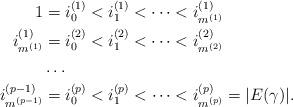
LaTeX: \begin{align*} 1 &= i^{(1)}_0 < i^{(1)}_1 < \dots < i^{(1)}_{m^{(1)}}\\ i^{(1)}_{m^{(1)}} &= i^{(2)}_{0} < i^{(2)}_1 < \dots < i^{(2)}_{m^{(2)}} \\ &\dots \\ i^{(p - 1)}_{m^{(p - 1)}} &= i^{(p)}_{0} < i^{(p)}_1 < \dots < i^{(p)}_{m^{(p)}} = |E(\gamma)|. \end{align*}